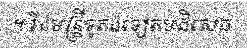
។ រីឯមន្ត្រីទូតឯទៀតបដិសេធ